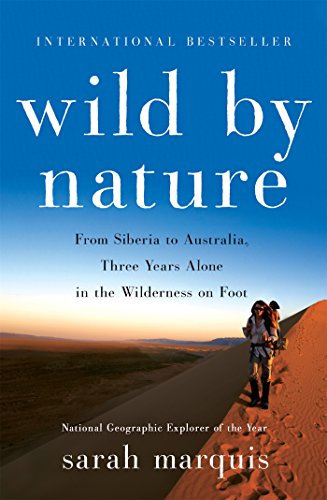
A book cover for Wild by Nature: From Siberia to Australia, Three Years Alone in the Wilderness on Foot; Sarah Marquis; Biographies & Memoirs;